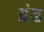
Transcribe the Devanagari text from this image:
ग्रंड